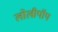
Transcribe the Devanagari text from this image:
लोलीपॉप